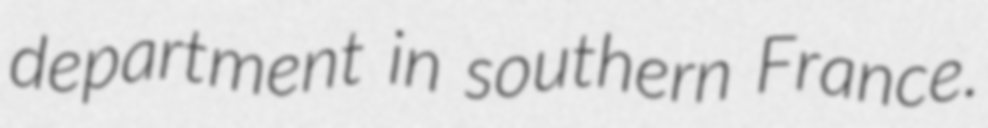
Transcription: department in southern France.